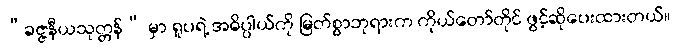
“ခဇ္ဇနီယသုတ္တန်” မှာ ရူပရဲ့ အဓိပ္ပါယ်ကို မြတ်စွာဘုရားက ကိုယ်တော်တိုင် ဖွင့်ဆိုပေးထားတယ်။